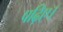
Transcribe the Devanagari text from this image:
पढ़िए।